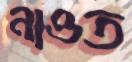
নাওত